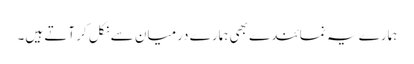
ہمارے یہ نمائندے بھی ہمارے درمیان سے نکل کر آتے ہیں۔